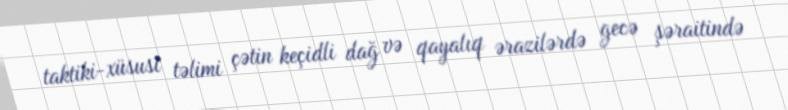
taktiki-xüsusi təlimi çətin keçidli dağ və qayalıq ərazilərdə gecə şəraitində